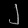
Digit: ၂